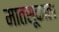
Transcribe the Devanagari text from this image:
मातसूकाता